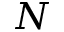
N